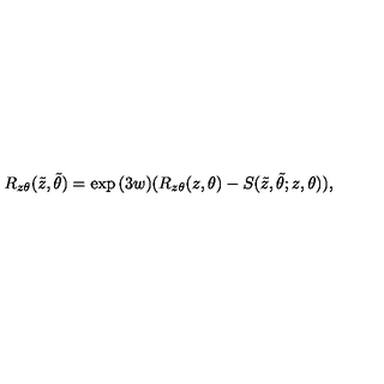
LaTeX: R _ { z \theta } ( \tilde { z } , \tilde { \theta } ) = \exp { ( 3 w ) } ( R _ { z \theta } ( z , \theta ) - \nonumber S ( \tilde { z } , \tilde { \theta } ; z , \theta ) ) ,